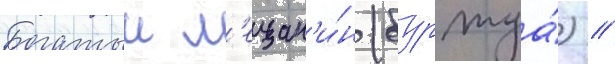
Богатыи м'ещан'и́н (буржуа́) /